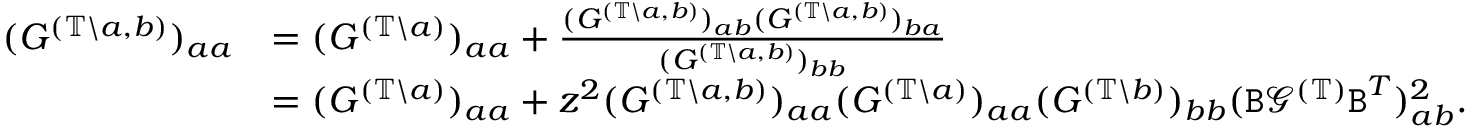
\begin{array} { r l } { ( G ^ { ( \mathbb { T } \backslash a , b ) } ) _ { a a } } & { = ( G ^ { ( \mathbb { T } \backslash a ) } ) _ { a a } + \frac { ( G ^ { ( \mathbb { T } \backslash a , b ) } ) _ { a b } ( G ^ { ( \mathbb { T } \backslash a , b ) } ) _ { b a } } { ( G ^ { ( \mathbb { T } \backslash a , b ) } ) _ { b b } } } \\ & { = ( G ^ { ( \mathbb { T } \backslash a ) } ) _ { a a } + z ^ { 2 } ( G ^ { ( \mathbb { T } \backslash a , b ) } ) _ { a a } ( G ^ { ( \mathbb { T } \backslash a ) } ) _ { a a } ( G ^ { ( \mathbb { T } \backslash b ) } ) _ { b b } ( { \texttt B } { \mathcal G } ^ { ( \mathbb { T } ) } { \texttt B } ^ { T } ) _ { a b } ^ { 2 } . } \end{array}